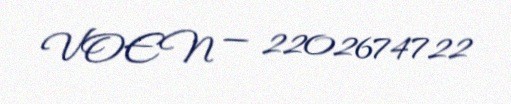
VOEN — 2202674722